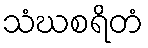
သံဃစရိတံ